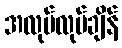
အလုပ်လုပ်ချိန်